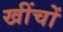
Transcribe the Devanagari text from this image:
खींचों